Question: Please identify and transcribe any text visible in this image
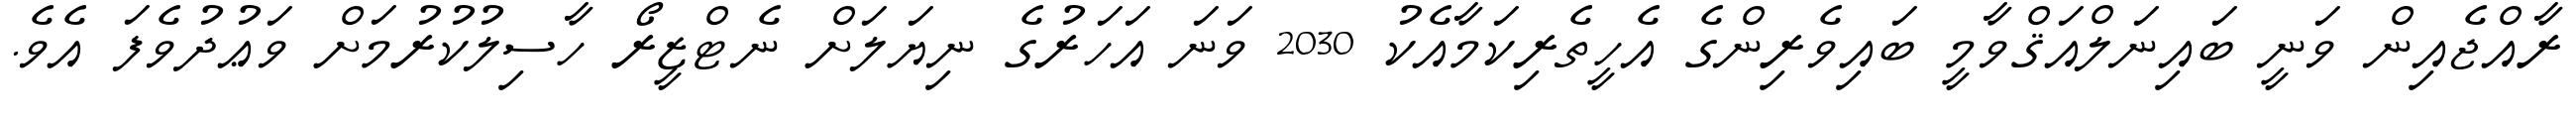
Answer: ރާއްޖެއިން ވަނީ ބައިނަލްއަޤްވާމީ ބައިވެރިންގެ އެހީތެރިކަމާއެކު 2030 ވަނަ އަހަރުގެ ނިޔަލަށް ނެޓްޒީރޯ ހާސިލުކުރުމަށް ވަޢުދުވެފަ އެވެ.